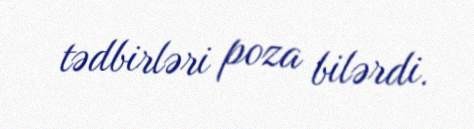
tədbirləri poza bilərdi.